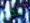
حدث